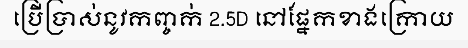
ប្រើប្រាស់នូវកញ្ចក់ 2.5D នៅផ្នែកខាងក្រោយ